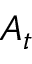
A _ { t }